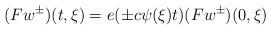
LaTeX: \begin{align*} ( F w ^ \pm ) ( t , \xi ) = e ( \pm c \psi ( \xi ) t ) ( F w ^ \pm ) ( 0 , \xi )\end{align*}